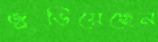
জুড়িয়েছেন